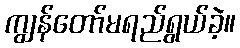
ကျွန်တော်မရည်ရွယ်ခဲ့။